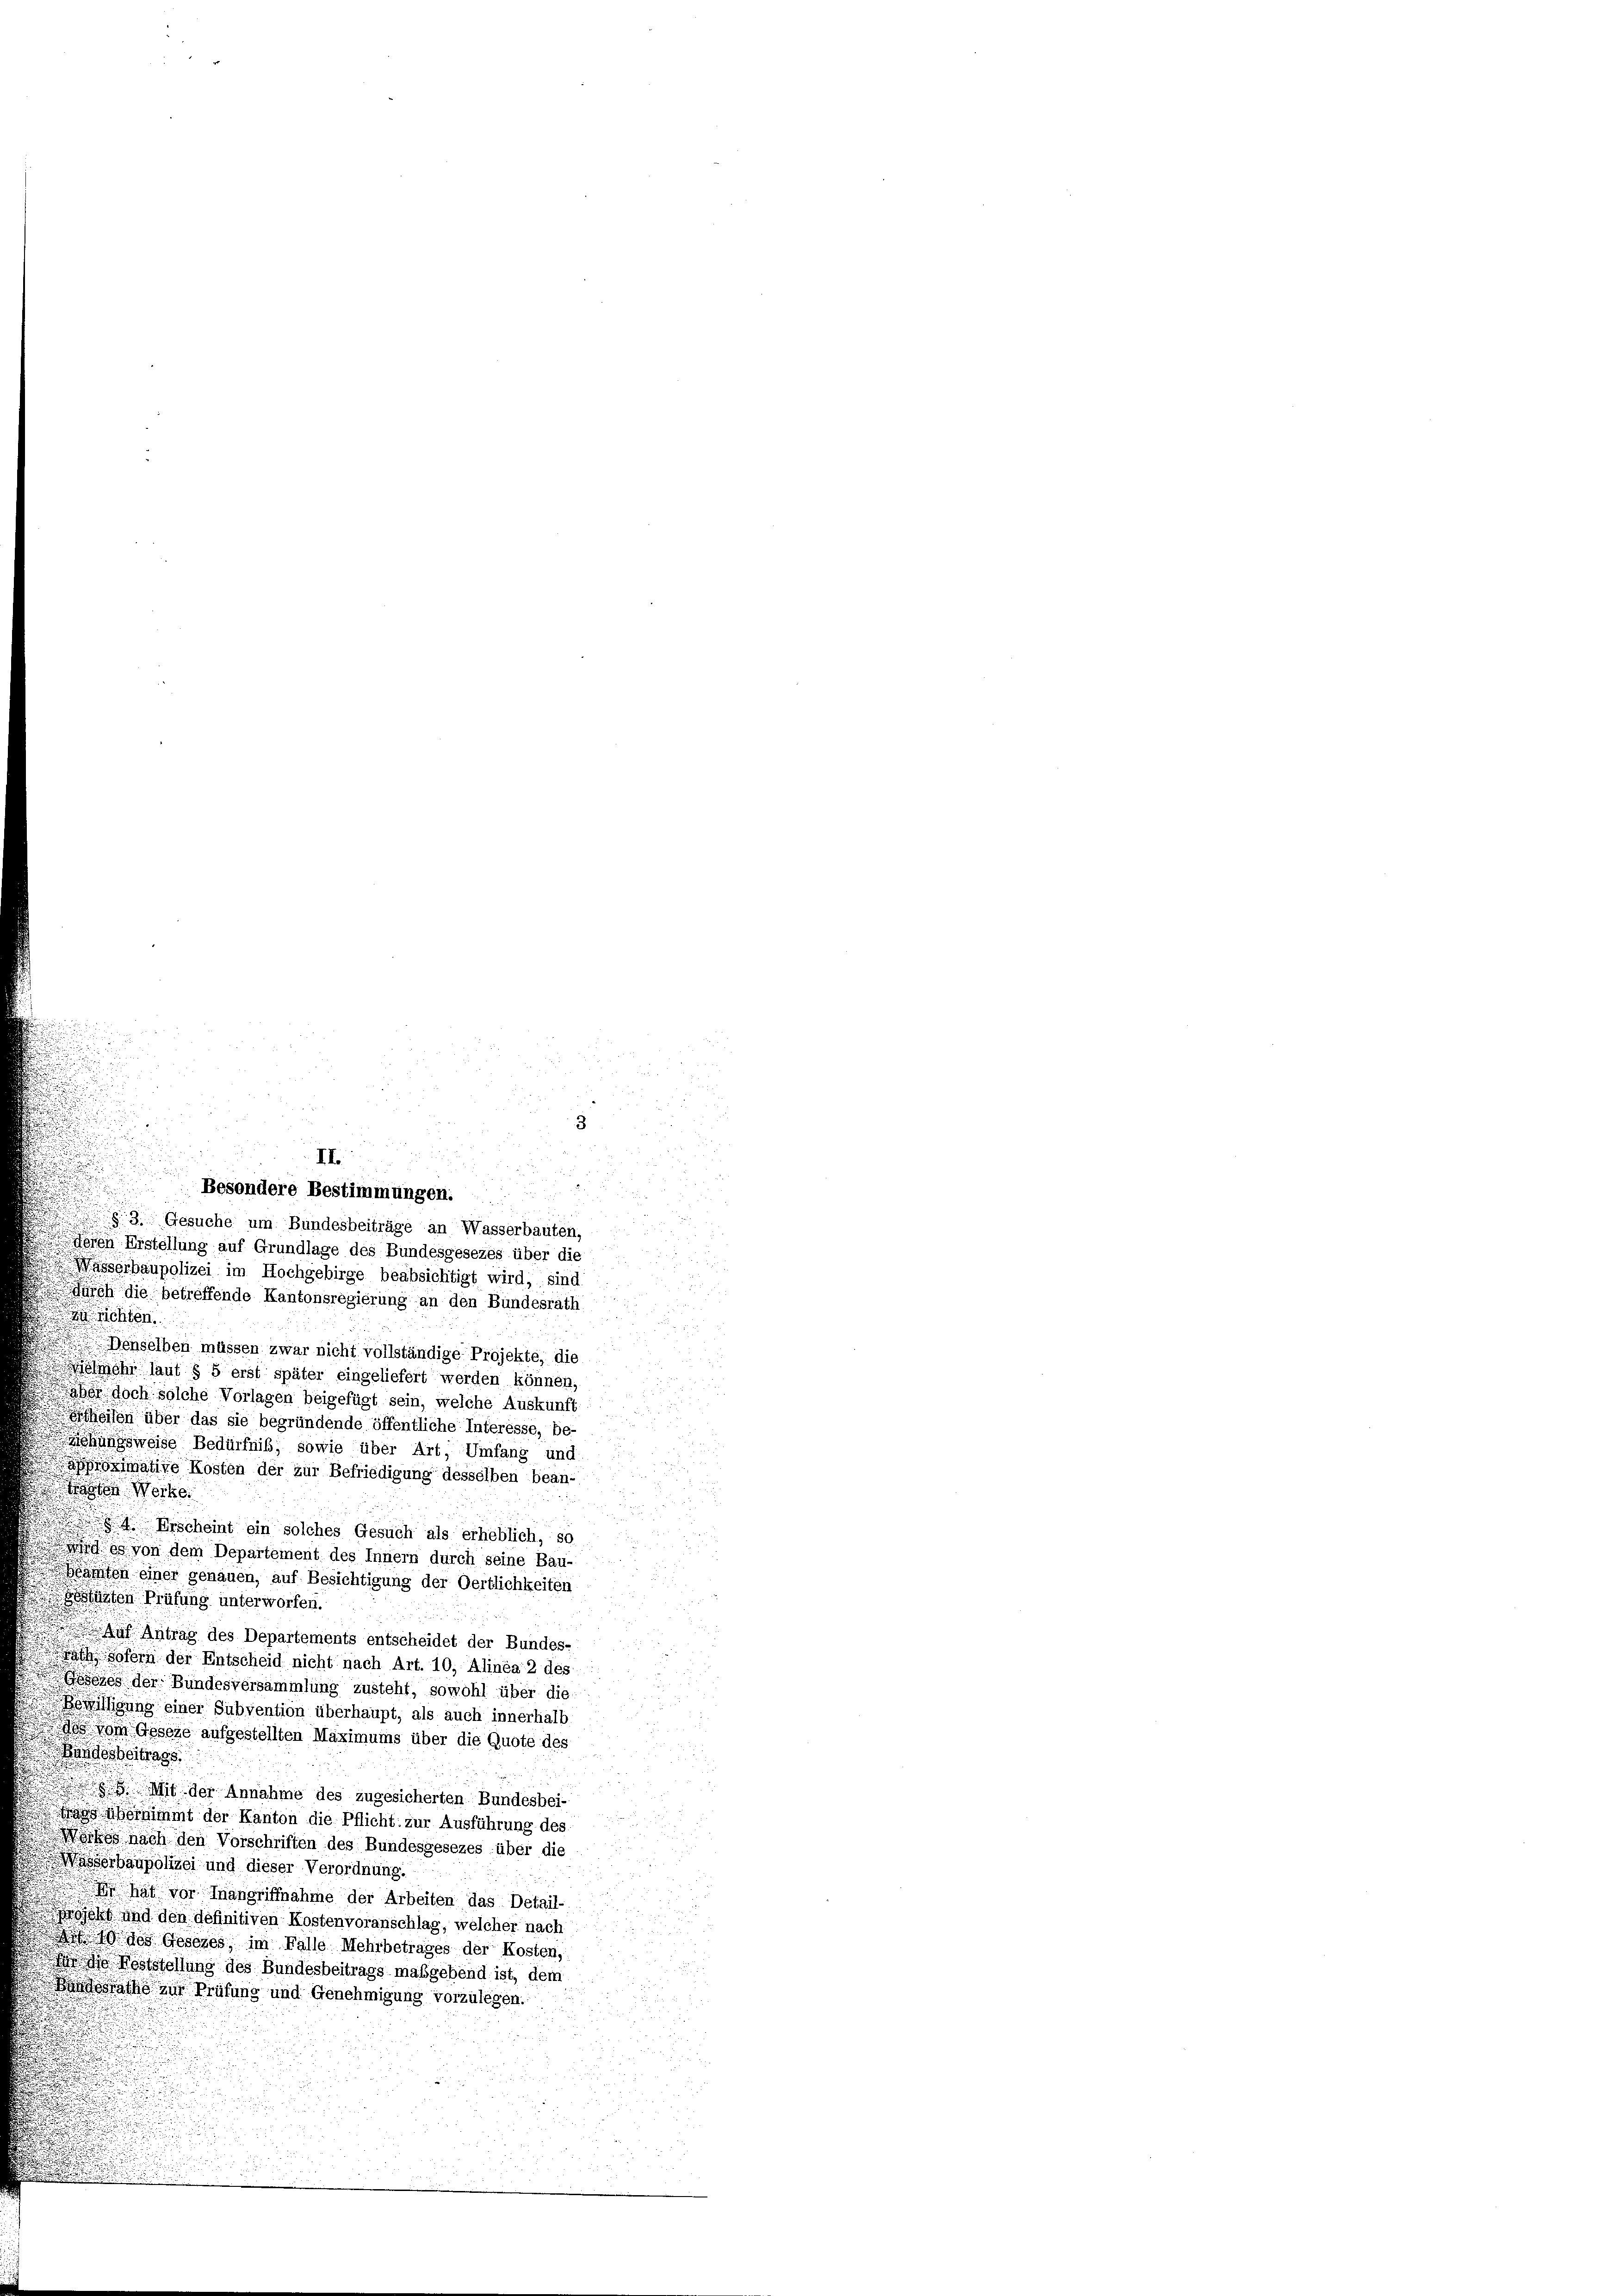
3
n
3. Gesuche um Bundesbeiträge an Wasserbauten,
feren Erstellung auf Grundlage des Bundesgesezes über die
Wasserbaupolizei im Hochgebirge beabsichtigt wird, sind ...
uch die betreffende Kantonsregierung an den Bundesrath
chten
Denselben müssen zwar nicht vollständige Projekte, die
echi laut § 5 erst später eingeliefert werden können,
aber doch solche Vorlagen beigefügt sein, welche Auskunft
heien über das sie begründende öffentliche Interesse, be-
hungsweise Bedürfnis, sowie über Art, Umfang und
aximative Kosten der zur Befriedigung desselben bean-
 Wert
 Erscheint ein solches Gesuch als erheblich, so
wird so von dem Departement des Innern durch seine Bau-
amten einer genauen, auf Besichtigung der Oertlichkeiten
lärten Prüfung unterworfen.
 Antrag des Departements entscheidet der Bundes-
Sofern der Entscheid nicht nach Art. 10, Alinea 2 des
 e der Bundesversammlung zusteht, sowohl über die
Bewilligung einer Subvention überhaupt, als auch innerhalb
dos vom Geseze aufgestellten Maximums über die Quote des
Berbeitrags
Mit der Annahme des zugesicherten Bundesbei-
 übernimmt der Kanton die Pflicht zur Ausführung des
Woches nach den Vorschriften des Bundesgesezes über die
asserbaupolizei und dieser Verordnung.
Er hat vor Inangriffnahme der Arbeiten das Detail-
ojekt und den definitiven Kostenvoranschlag, welcher nach
h 10 des Gesezes, im Falle Mehrbetrages der Kosten,
 d Feststellung des Bundesbeitrags maßgebend ist, dem
Bandesrathe zur Prüfung und Genehmigung vorzulegen.
25
n

II
.
Besondere Bestimmungen.  ..